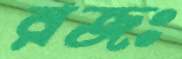
রজঃ